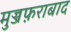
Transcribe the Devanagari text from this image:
मुज्जफ़राबाद